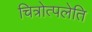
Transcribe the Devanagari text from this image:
चित्रोत्पलेति